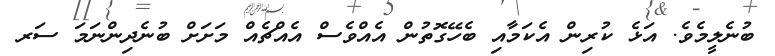
ބުނެލީމެވެ. އަޅެ ކުރިން އެކަމާއި ބެހޭގޮތުން އެއްވެސް އެއްޗެއް މަށަށް ބުނެދިންނަމަ ސަރ